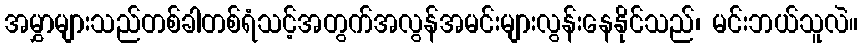
အမွှာများသည်တစ်ခါတစ်ရံသင့်အတွက်အလွန်အမင်းများလွန်းနေနိုင်သည်၊ မင်းဘယ်သူလဲ။